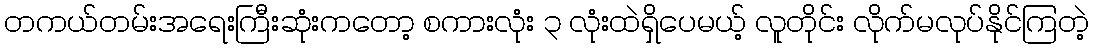
တကယ်တမ်းအရေးကြီးဆုံးကတော့ စကားလုံး ၃ လုံးထဲရှိပေမယ့် လူတိုင်း လိုက်မလုပ်နိုင်ကြတဲ့